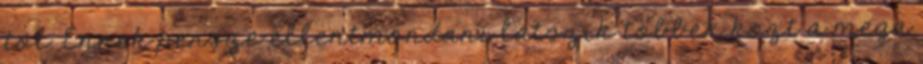
tol. Ennek persze ellentmondani latszik tobbek kozt a mega